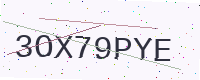
Text: 3OX79PYE